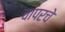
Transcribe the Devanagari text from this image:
वापरचे